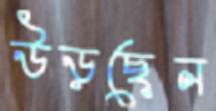
উড়ছেন